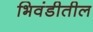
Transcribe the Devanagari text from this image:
भिवंडीतील